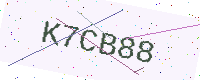
Text: K7CB88